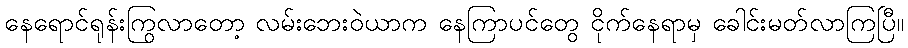
နေရောင်ရုန်းကြွလာတော့ လမ်းဘေးဝဲယာက နေကြာပင်တွေ ငိုက်နေရာမှ ခေါင်းမတ်လာကြပြီ။